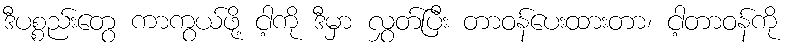
ဒီပစ္စည်းတွေ ကာကွယ်ဖို့ ငါ့ကို ဒီမှာ လွှတ်ပြီး တာဝန်ပေးထားတာ၊ ငါ့တာဝန်ကို